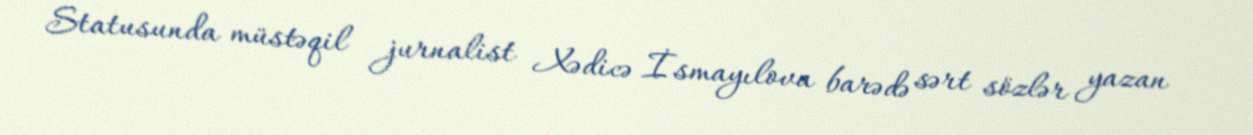
Statusunda müstəqil jurnalist Xədicə İsmayılova barədə sərt sözlər yazan